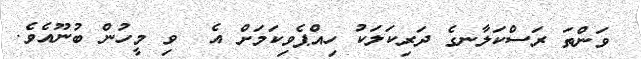
ވަންތަ ރަސްކަލާނގެ ދަރިކަލަކު ހިއްޕެވިކަމަށް އެ  ވި މީހުން ބުނޫއެވެ.